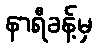
နာရီခန့်မှ